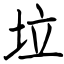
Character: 垃